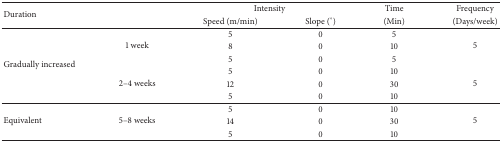
| <ROWSPAN=2-COLSPAN=2> Duration | <COLSPAN=2> Intensity | Time | Frequency |
 | Speed (m/min) | Slope (°) | (Min) | (Days/week) |
 | --- | --- | --- | --- | --- | --- |
 | <ROWSPAN=6> Gradually increased | <ROWSPAN=3> 1 week | 5 | 0 | 5 | <ROWSPAN=3> 5 |
 | 8 | 0 | 10 |
 | 5 | 0 | 5 |
 | <ROWSPAN=3> 2–4 weeks | 5 | 0 | 10 | <ROWSPAN=3> 5 |
 | 12 | 0 | 30 |
 | 5 | 0 | 10 |
 | <ROWSPAN=3> Equivalent | <ROWSPAN=3> 5–8 weeks | 5 | 0 | 10 | <ROWSPAN=3> 5 |
 | 14 | 0 | 30 |
 | 5 | 0 | 10 |